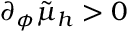
\partial _ { \phi } \tilde { \mu } _ { h } > 0